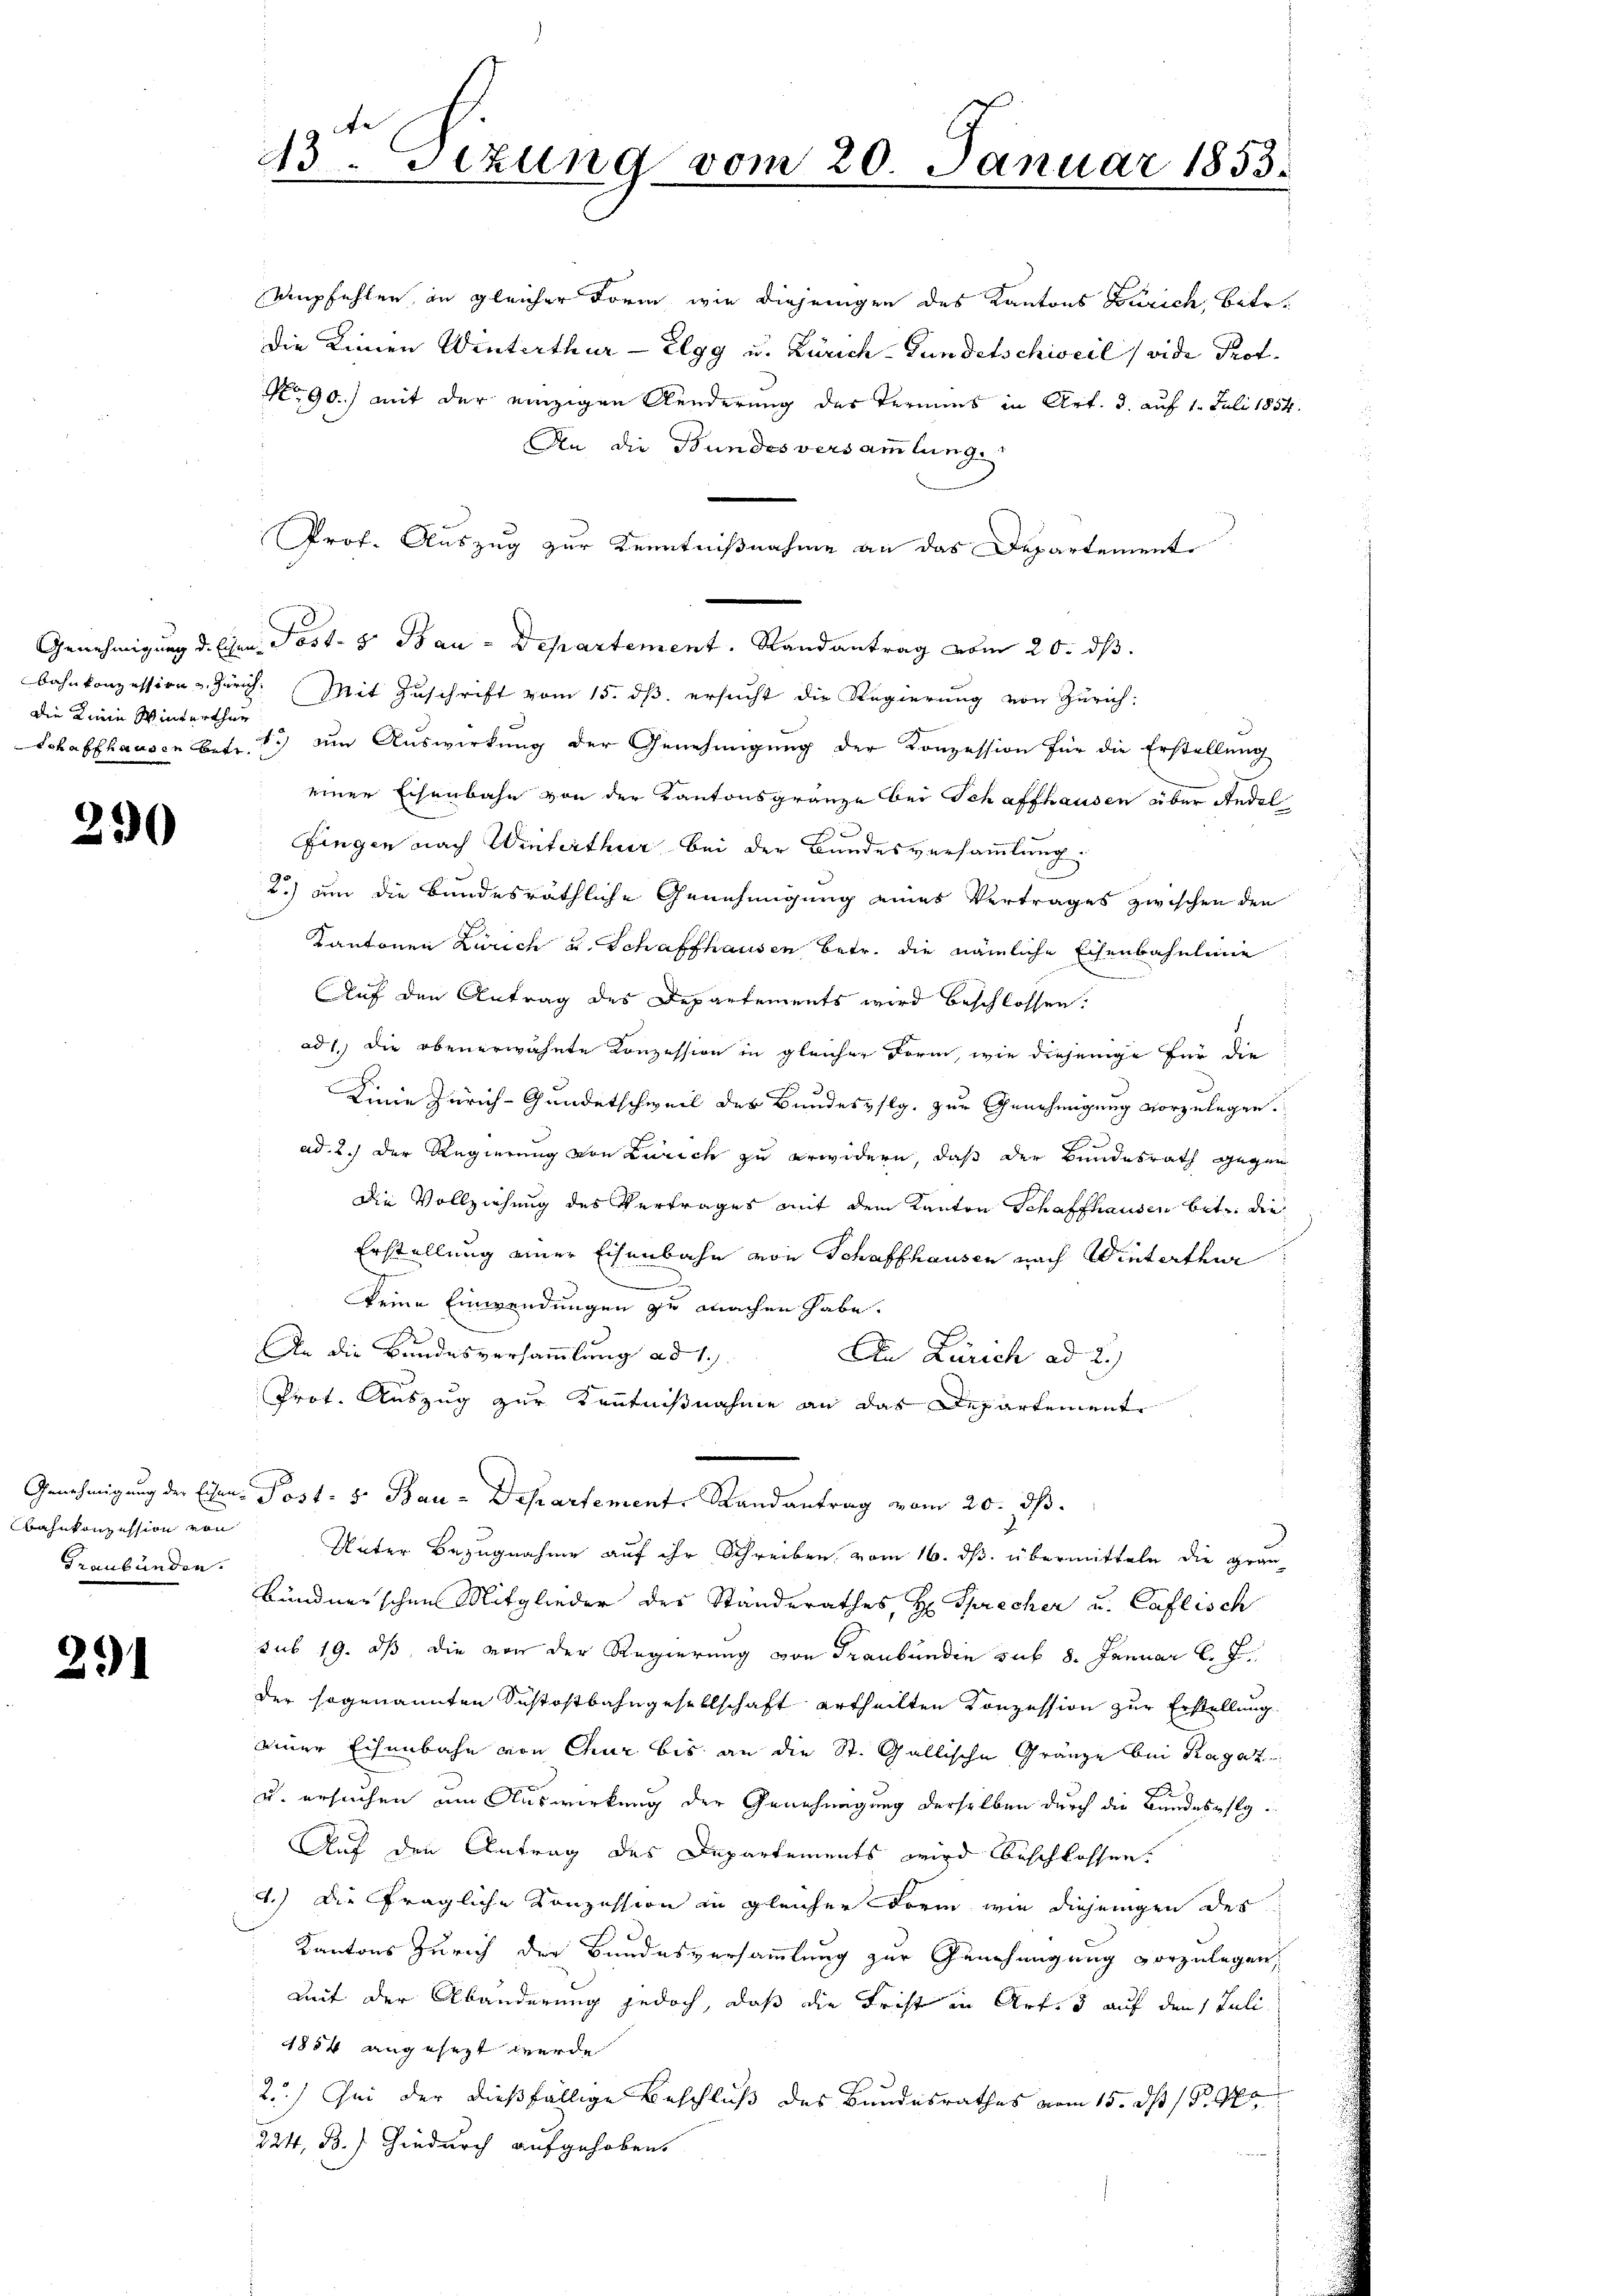
Die Linie Winterthur

290

Bahnkonzession von
Graubünden.

291

empfehlen in gleicher Form wie diejenigen des Kantons Zürich, betr.
Die Linien Winterthur - Elgg u. Zürich-Gundetschweil (vide Prof.
No 90.) mit der einzigen Aenderung des Termins in Art. 3. auf 1. Juli 1854.
An die Bundesversammlung.
Prof. Auszug zur Kenntnißnahme an das Departement
Genehmigung d. Ehen Post- & Bau-Departement. Randantrag vom 20. ds.
bahnkonzession u. Zürich. Mit Zuschrift vom 15. ds. ersucht die Regierung von Zürich:
Schaffhausen betr. 13 am Auswirkung der Genehmigŭng der Konzession für die Erstellung
einen Eisenbahn von der Kantonsgränze bei Schaffhausen über Andel
Fingen nach Winterthur bei der Bandesversammlung.
2.) um die bundesräthliche Genehmigung eines Vertrages zwischen den
Kantonen Zürich u. Schaffhausen betr. die nämliche Eisenbahnlinie
Auf den Antrag des Departements wird beschlossen.
ad 1.) Die obenerwähnte Konzession in gleicher Form, wie diejenige für die
Linie Zürich-Gundetschweil des Bundesvslg. zur Genehmigung vorzulegen.
A
ad. 2.) Der Regierung von Zürich zu erwidern, daß der Bundesrath gegen
Die Vollziehung des Vertrages mit dem Kanton Schaffhausen betr. die
Erstellung einer Eisenbahn von Schaffhausen nach Winterthur
keine Einwendungen zu machen habe.
An die Bundesversammlung ad 1.
An Zürich ad 2.)
Prot. Auszug zur Kenntnißnahme an das Departement
Genehmigung der Eisen Post- 5. Bau-Departement, Randantrag vom 20. ds.
Unter Bezugnahme auf ihr Schreiben vom 16. ds. übermitteln die grau-
Bündnerschen Mitglieder der Standerathes H. Sprecher u. Caflisch
sub 19. dß die von der Regierung von Graubünden sub 8. Januar l. J.
der sogenannten Sustostbahngesellschaft ertheilten Konzession zur Erstellung
einer Eisenbahn von Chur bis an die St. Gallische Gränze bei Ragaz
u. ersuchen um Auswirkung der Genehmigung derselben durch die Bundespflg¬
Auf den Antrag des Departements wird beschlossen.
4.) Die fragliche Konzession in gleicher Form wie diejenigen des
Kantons Zürich der Bundesversammlung zur Genehmigung vorzulegen,
mit der Abänderung jedoch, daß die Frist in Art. 5 auf den 1 Juli
1854 angesezt werde
2.) Sei der dießfällige Beschluß des Bundesrathes vom 15. ds 19.
224, B.) Hiedurch aufgehoben.

43. Sizung vom 20. Januar 1853.